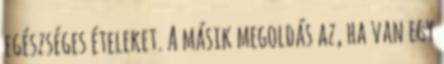
egészséges ételeket. A másik megoldás az, ha van egy